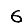
Digit: 6